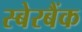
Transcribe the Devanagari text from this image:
स्बेरबैंक